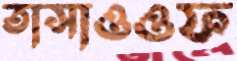
তাসাওওফ